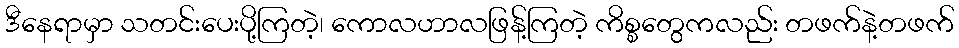
ဒီနေရာမှာ သတင်းပေးပို့ကြတဲ့၊ ကောလဟာလဖြန့်ကြတဲ့ ကိစ္စတွေကလည်း တဖက်နဲ့တဖက်